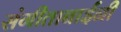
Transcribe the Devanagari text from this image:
संगीताबाईंनी